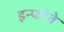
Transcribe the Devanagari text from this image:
इन्फोवे